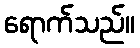
ရောက်သည်။